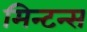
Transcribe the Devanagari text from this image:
मिन्टन्स